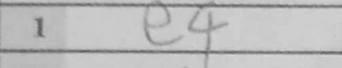
Transcription: e4